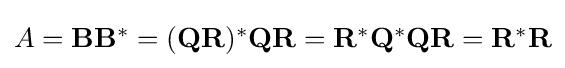
{\textstyle A=\mathbf {B} \mathbf {B} ^{*}=(\mathbf {QR} )^{*}\mathbf {QR} =\mathbf {R} ^{*}\mathbf {Q} ^{*}\mathbf {QR} =\mathbf {R} ^{*}\mathbf {R} }